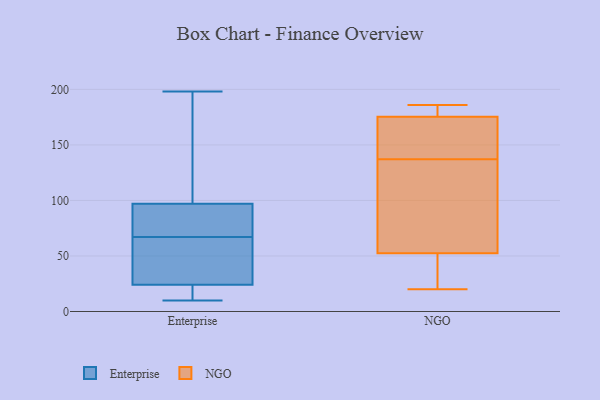
{"axis": {"x": "Latency (ms)", "y": "Value"}, "legend": ["Enterprise", "NGO"], "data": [{"x": "", "y": 62, "type": "Enterprise"}, {"x": "", "y": 21, "type": "Enterprise"}, {"x": "", "y": 71, "type": "Enterprise"}, {"x": "", "y": 10, "type": "Enterprise"}, {"x": "", "y": 27, "type": "Enterprise"}, {"x": "", "y": 117, "type": "Enterprise"}, {"x": "", "y": 18, "type": "Enterprise"}, {"x": "", "y": 73, "type": "Enterprise"}, {"x": "", "y": 146, "type": "Enterprise"}, {"x": "", "y": 198, "type": "Enterprise"}, {"x": "", "y": 77, "type": "Enterprise"}, {"x": "", "y": 63, "type": "Enterprise"}, {"x": "", "y": 182, "type": "NGO"}, {"x": "", "y": 147, "type": "NGO"}, {"x": "", "y": 114, "type": "NGO"}, {"x": "", "y": 51, "type": "NGO"}, {"x": "", "y": 53, "type": "NGO"}, {"x": "", "y": 186, "type": "NGO"}, {"x": "", "y": 170, "type": "NGO"}, {"x": "", "y": 114, "type": "NGO"}, {"x": "", "y": 20, "type": "NGO"}, {"x": "", "y": 173, "type": "NGO"}, {"x": "", "y": 186, "type": "NGO"}, {"x": "", "y": 49, "type": "NGO"}, {"x": "", "y": 137, "type": "NGO"}]}